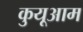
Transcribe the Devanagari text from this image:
कुयूआम